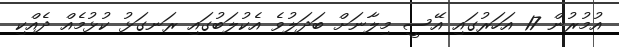
އުމުރުން 17 އަހަރުގައި އޭސީ މިލާނަށް ބަދަލުވެ އެކުލަބުގައި ރަނގަޅު ކުޅުމެއް ދެއްކި